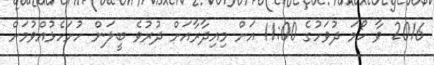
2016 ވާ ހޯމަ ދުވަހުގެ 11:00 އަށް މިއިދާރާއަށް ދުރުވެ ބީލަން ހުށަހެޅުއްވުމަށް